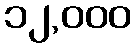
၁၂,၀၀၀